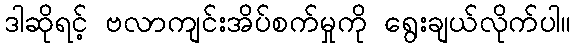
ဒါဆိုရင့် ဗလာကျင်းအိပ်စက်မှုကို ရွေးချယ်လိုက်ပါ။